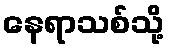
နေရာသစ်သို့